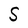
Character: S